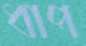
ধাপ